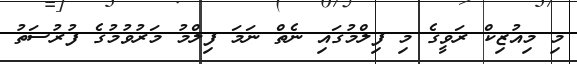
މި މިއުޒިކް ރަވީގެ މި ފިލްމުގައި ނެތް ނަމަ ފިލްމު މަރުވުމުގެ ފުރުސަތު